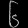
Digit: ၆